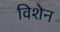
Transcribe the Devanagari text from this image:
विशेन